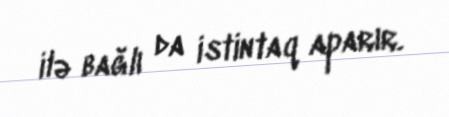
ilə bağlı da istintaq aparır.